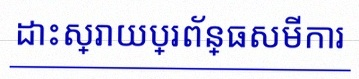
ដោះស្រាយប្រព័ន្ធសមីការ